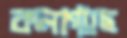
কলাগাছে